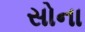
સોના